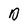
Character: D